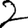
Digit: 2